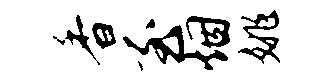
香至烟姚